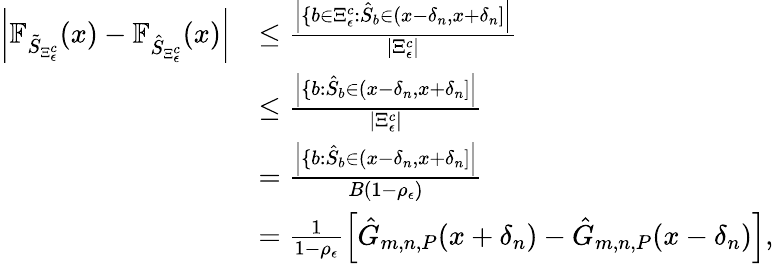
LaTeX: \begin{array}{rl}{\left|\mathbb{F}_{\tilde{S}_{\Xi_{\epsilon}^{c}}}(x)-\mathbb{F}_{\hat{S}_{\Xi_{\epsilon}^{c}}}(x)\right|}&{\leq\frac{\left|\{ b\in\Xi_{\epsilon}^{c}:\hat{S}_{b}\in(x-\delta_{n},x+\delta_{n}]\right|}{|\Xi_{\epsilon}^{c}|}}\\ &{\leq\frac{\left|\{ b:\hat{S}_{b}\in(x-\delta_{n},x+\delta_{n}]\right|}{|\Xi_{\epsilon}^{c}|}}\\ &{=\frac{\left|\{ b:\hat{S}_{b}\in(x-\delta_{n},x+\delta_{n}]\right|}{B(1-\rho_{\epsilon})}}\\ &{=\frac{1}{1-\rho_{\epsilon}}\left[\hat{G}_{m,n,P}(x+\delta_{n})-\hat{G}_{m,n,P}(x-\delta_{n})\right],}\end{array}